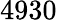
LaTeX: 4930